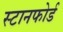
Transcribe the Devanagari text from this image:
स्टानफोर्ड